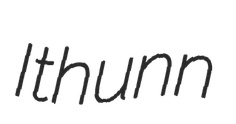
Ithunn